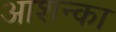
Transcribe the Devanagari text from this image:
आशन्का